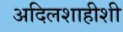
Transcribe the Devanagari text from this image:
अदिलशाहीशी